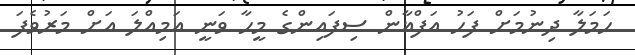
ހަމަލާ ދިނުމަށް ފަހު އަފްޣާން ސިފައިންގެ މީހާ ވަނީ އަމިއްލަ އަށް މަރުވެފަ